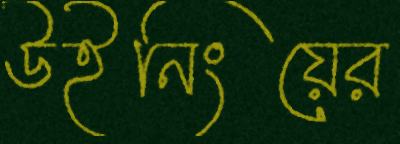
উইনিংয়ের